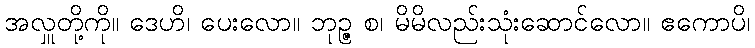
အလှူတို့ကို။ ဒေဟိ၊ ပေးလော။ ဘုဉ္ဇ စ၊ မိမိလည်းသုံးဆောင်လော။ ဧကောပိ၊